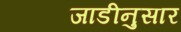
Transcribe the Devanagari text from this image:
जाडीनुसार